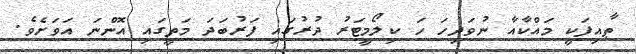
ޠާއިފަކީ މައްކާއާ ނުވަދިހަ ހަ ކިލޯމީޓަރު ދުރުގައި ފަރުބަދަ މަތީގައި އޮންނަ އަވަށެވެ.